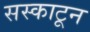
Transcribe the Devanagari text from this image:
सस्काटून